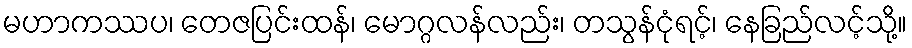
မဟာကဿပ၊ တေဇပြင်းထန်၊ မောဂ္ဂလန်လည်း၊ တသွန်ငုံရင့်၊ နေခြည်လင့်သို့။